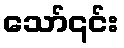
သော်၎င်း